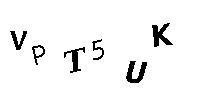
VPT5UK